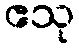
ဧသု